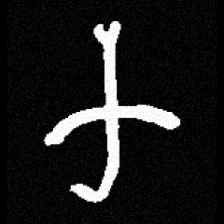
Pyu character \u2014 Myanmar letter: က (romanized: ka)